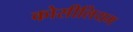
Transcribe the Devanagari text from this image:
कोसीलियम